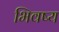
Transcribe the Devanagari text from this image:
भिवष्य